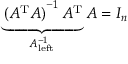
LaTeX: \underbrace { \left( A ^ { \mathrm { T } } A \right) ^ { - 1 } A ^ { \mathrm { T } } } _ { A _ { \mathrm { l e f t } } ^ { - 1 } } A = I _ { n }